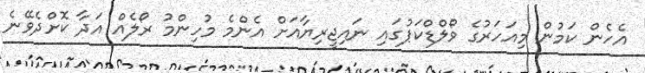
އެހެން ކަމުން މިއަހަރުގެ ވޯލްޑްކަޕުގައި ނައިޖީރިޔާއަށް އެންމެ މުހިންމު ރޯލެއް އަދާ ކޮށްދެވޭނެ